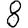
Digit: 8